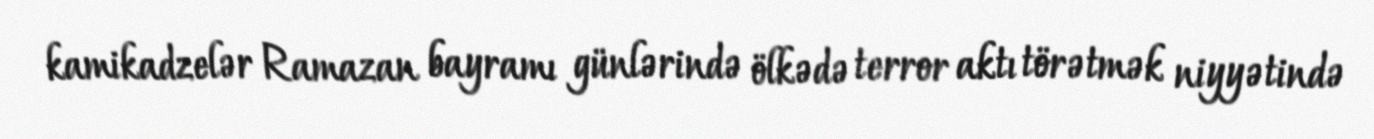
kamikadzelər Ramazan bayramı günlərində ölkədə terror aktı törətmək niyyətində